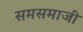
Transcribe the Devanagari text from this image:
समसमाजी